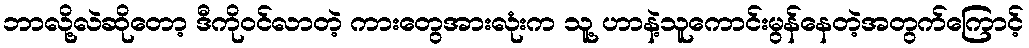
ဘာလို့လဲဆိုတော့ ဒီကိုဝင်လာတဲ့ ကားတွေအားလုံးက သူ့ ဟာနဲ့သူကောင်းမွန်နေတဲ့အတွက်ကြောင့်